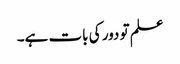
علم تو دور کی بات ہے۔